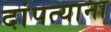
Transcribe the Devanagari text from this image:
दांपत्याना